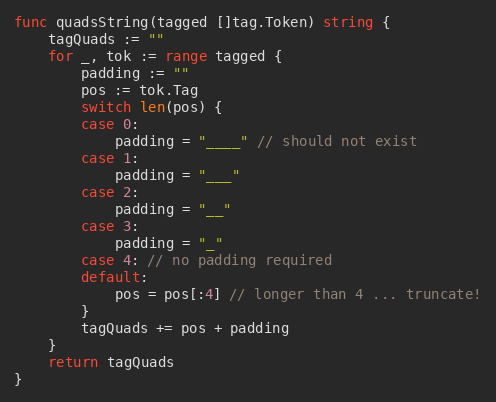
Language: Go
func quadsString(tagged []tag.Token) string {
	tagQuads := ""
	for _, tok := range tagged {
		padding := ""
		pos := tok.Tag
		switch len(pos) {
		case 0:
			padding = "____" // should not exist
		case 1:
			padding = "___"
		case 2:
			padding = "__"
		case 3:
			padding = "_"
		case 4: // no padding required
		default:
			pos = pos[:4] // longer than 4 ... truncate!
		}
		tagQuads += pos + padding
	}
	return tagQuads
}